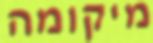
מיקומה